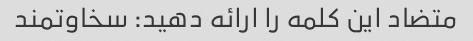
متضاد این کلمه را ارائه دهید: سخاوتمند